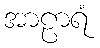
အာဠာရံ